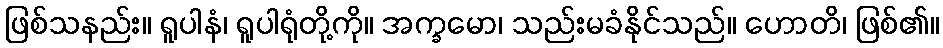
ဖြစ်သနည်း။ ရူပါနံ၊ ရူပါရုံတို့ကို။ အက္ခမော၊ သည်းမခံနိုင်သည်။ ဟောတိ၊ ဖြစ်၏။